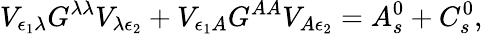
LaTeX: V_{\epsilon_{1}\lambda}G^{\lambda\lambda}V_{\lambda\epsilon_{2}}+V_{\epsilon_{1}A}G^{AA}V_{A\epsilon_{2}}=A_{s}^{0}+C_{s}^{0},